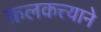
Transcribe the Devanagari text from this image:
कलकत्त्याने